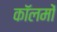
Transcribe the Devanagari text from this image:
काॅलमों